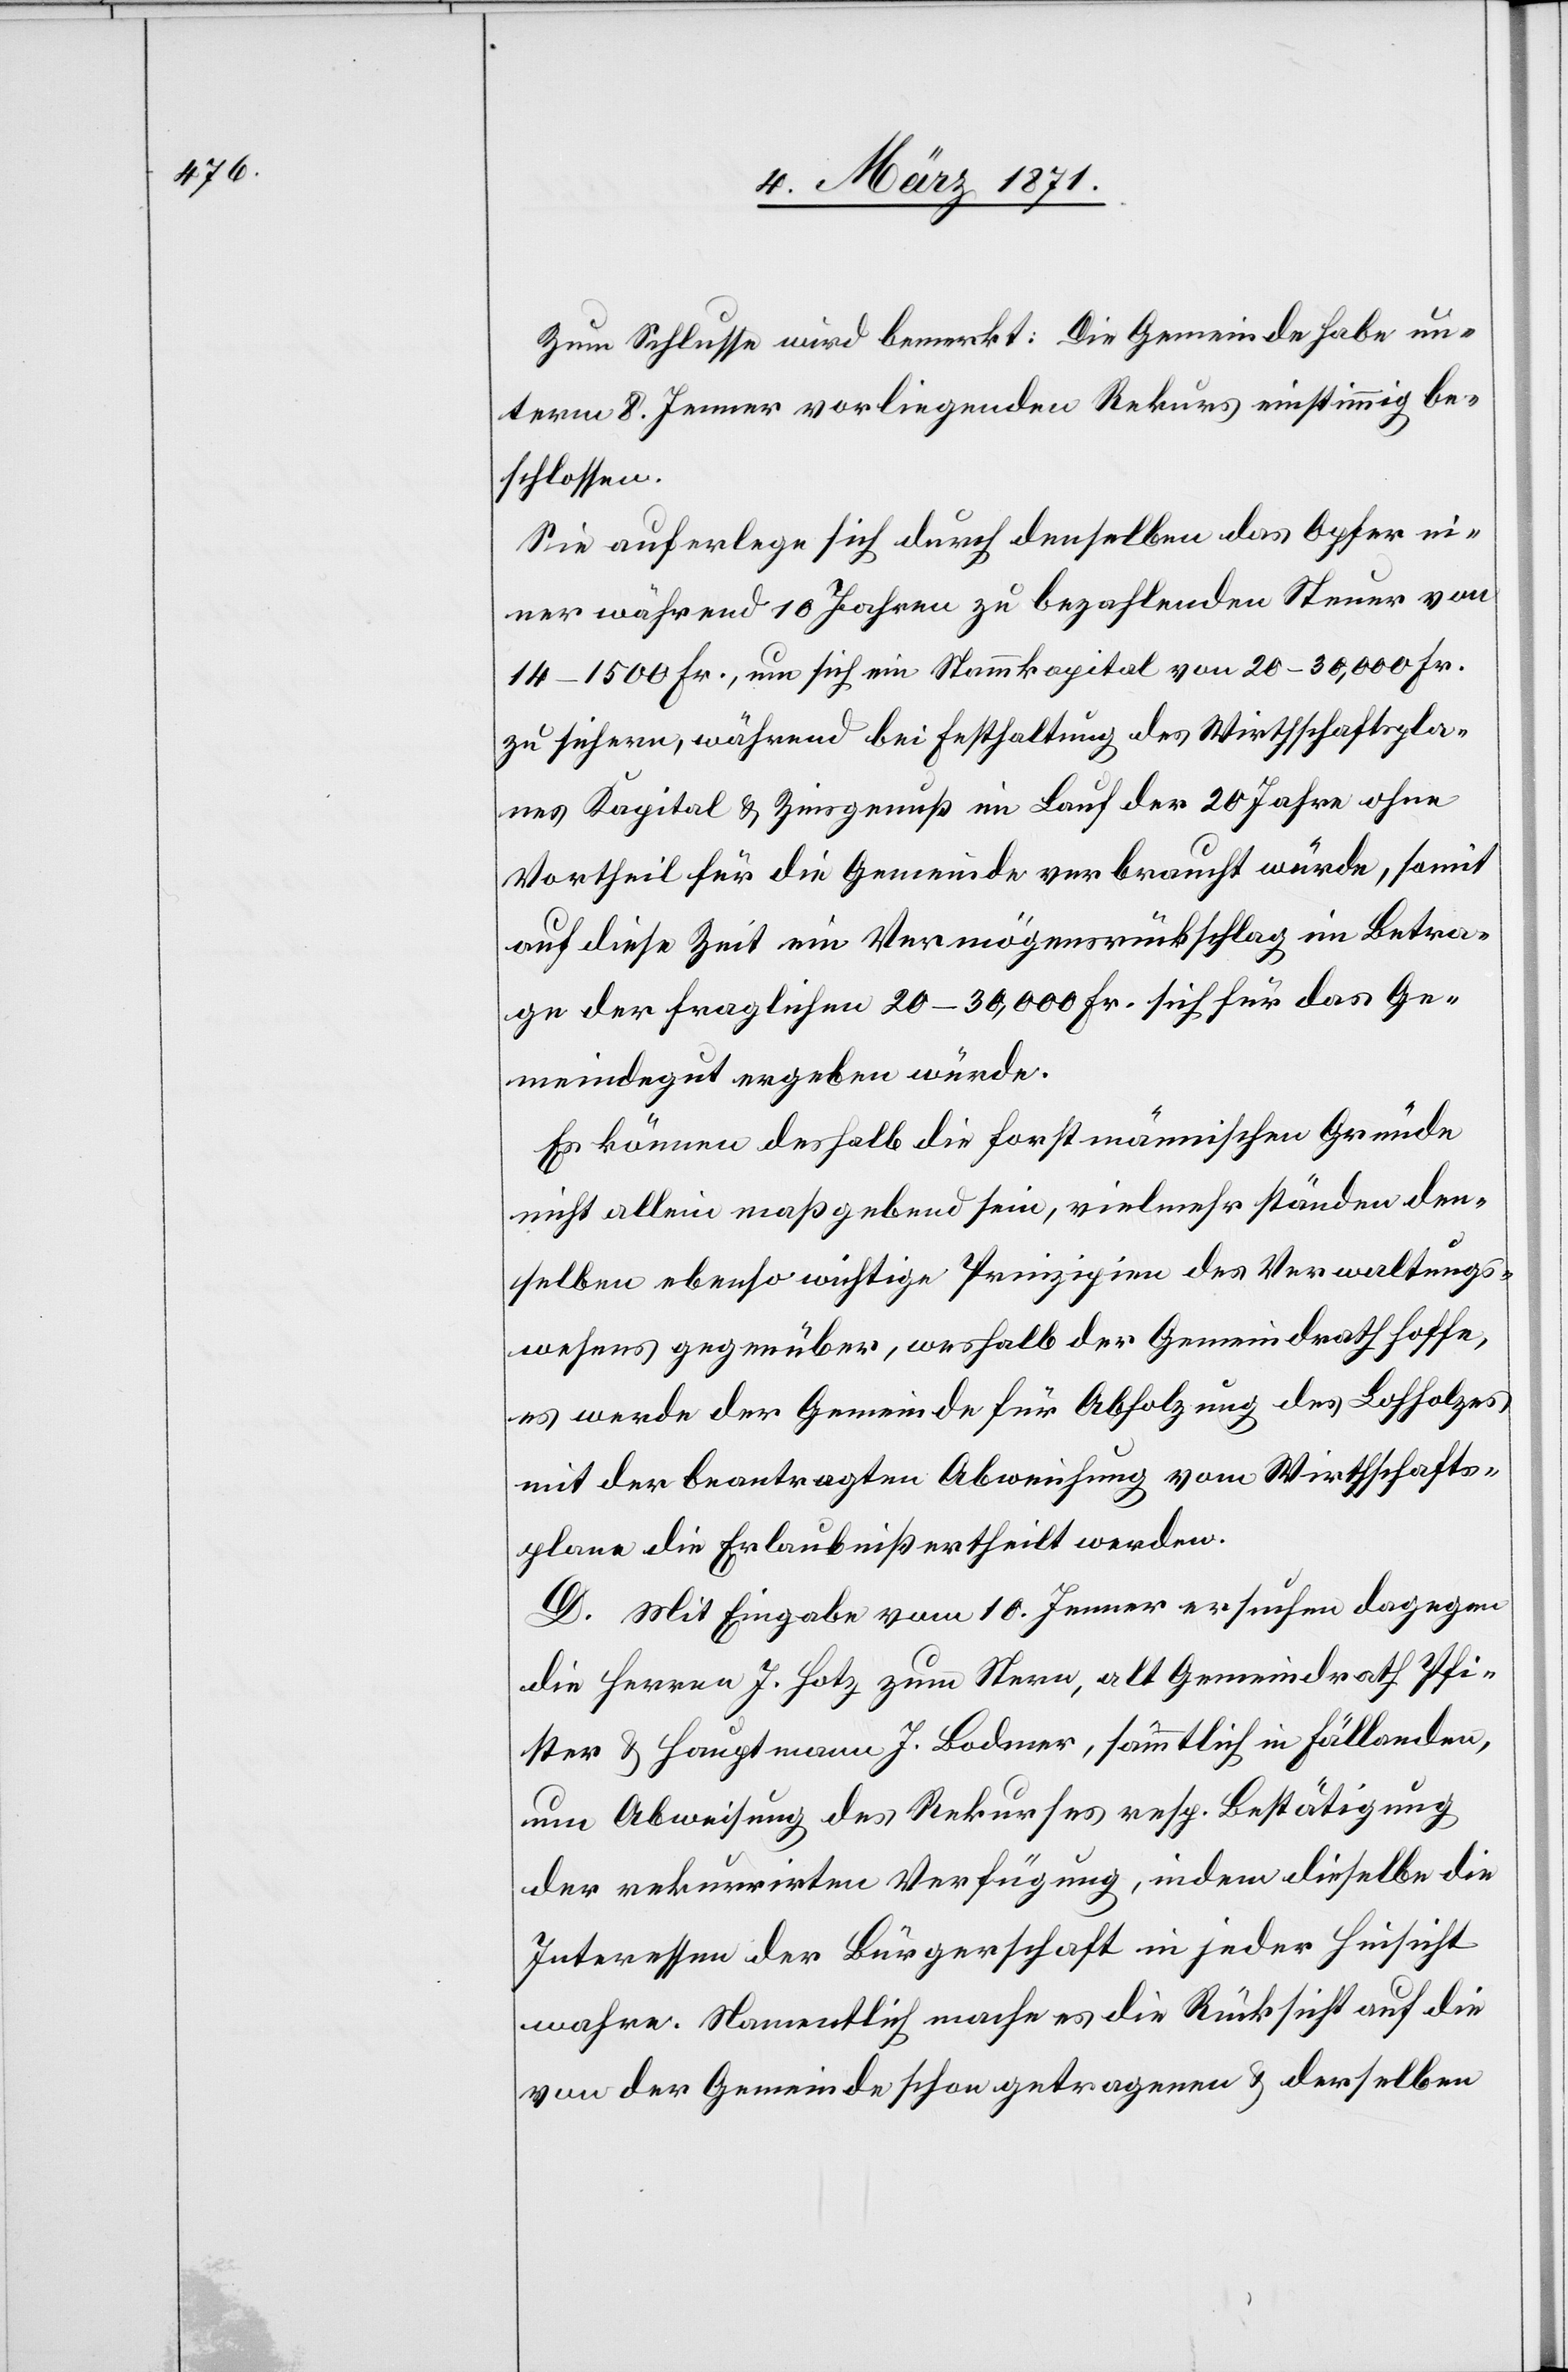
Zum Schlusse wird bemerkt: Die Gemeinde habe un¬
term 8. Jenner vorliegenden Rekurs einstimmig be¬
schlossen.
Sie auferlege sich durch denselben das Opfer ei¬
ner während 10 Jahren zu bezahlenden Steuer von
14–1500 Fr., um sich ein Stammkapital von 20–30,000 Fr.
zu sichern, während bei Festhaltung des Wirthschaftspla¬
nes Kapital u. Zinsgenuß im Lauf der 20 Jahre ohne
Vortheil für die Gemeinde verbraucht würde, somit
auf diese Zeit ein Vermögensrückschlag im Betra¬
ge der fraglichen 20–30,000 Fr. sich für das Ge¬
meindegut ergeben würde.
Es können deshalb die forstmännischen Gründe
nicht allein maßgebend sein, vielmehr standen den¬
selben ebenso wichtige Prinzipien des Verwaltungs¬
wesens gegenüber, weshalb der Gemeindrath hoffe,
es werde der Gemeinde für Abholzung des Lohholzes
mit der beantragten Abweichung vom Wirthschafts¬
plane die Erlaubniß ertheilt werden.
D. Mit Eingabe vom 10. Jenner ersuchen dagegen
die Herren J. Hotz zum Stern, alt Gemeindrath Pfi¬
ster u. Hauptmann J. Bodmer, sämmtlich in Fällanden,
um Abweisung des Rekurses resp. Bestätigung
der rekurrirten Verfügung, indem dieselben die
Interessen der Bürgerschaft in jeder Hinsicht
wahre. Namentlich mache es die Rücksicht auf die
von der Gemeinde schon getragenen u. derselben